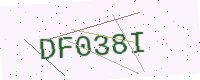
Text: DF038I